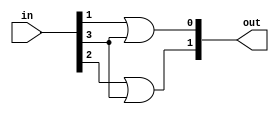
`timescale 1ns / 1ps
//////////////////////////////////////////////////////////////////////////////////
// Company: 
// Engineer: 
// 
// Design Name: 
// Module Name: Encoder_4x2
// Project Name: 
// Target Devices: 
// Tool Versions: 
// Description: 
// 
// Dependencies: 
// 
// Revision:
// Revision 0.01 - File Created
// Additional Comments:
// 
//////////////////////////////////////////////////////////////////////////////////


module Encoder_4x2(out,in);
input [3:0]in;
output [1:0]out;
assign out[0] = in[1] | in[3];
assign out[1] = in[2] | in[3];
endmodule